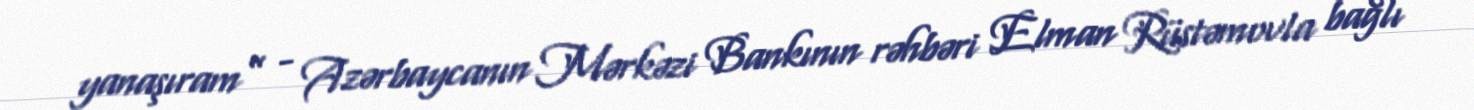
yanaşıram” - Azərbaycanın Mərkəzi Bankının rəhbəri Elman Rüstəmovla bağlı